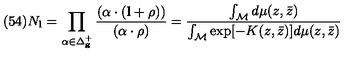
( 5 4 ) N _ { \bf l } = \prod _ { \alpha \in \Delta _ { \bf g } ^ { + } } \frac { ( \alpha \cdot ( { \bf l } + \rho ) ) } { ( \alpha \cdot \rho ) } = \frac { \int _ { \cal M } d \mu ( z , \bar { z } ) } { \int _ { \cal M } \exp [ - K ( z , \bar { z } ) ] d \mu ( z , \bar { z } ) }